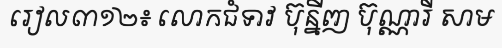
រៀល៣១២៖ លោកជំទាវ ប៊ុន្នីញ ប៊ុណ្ណារី សាម